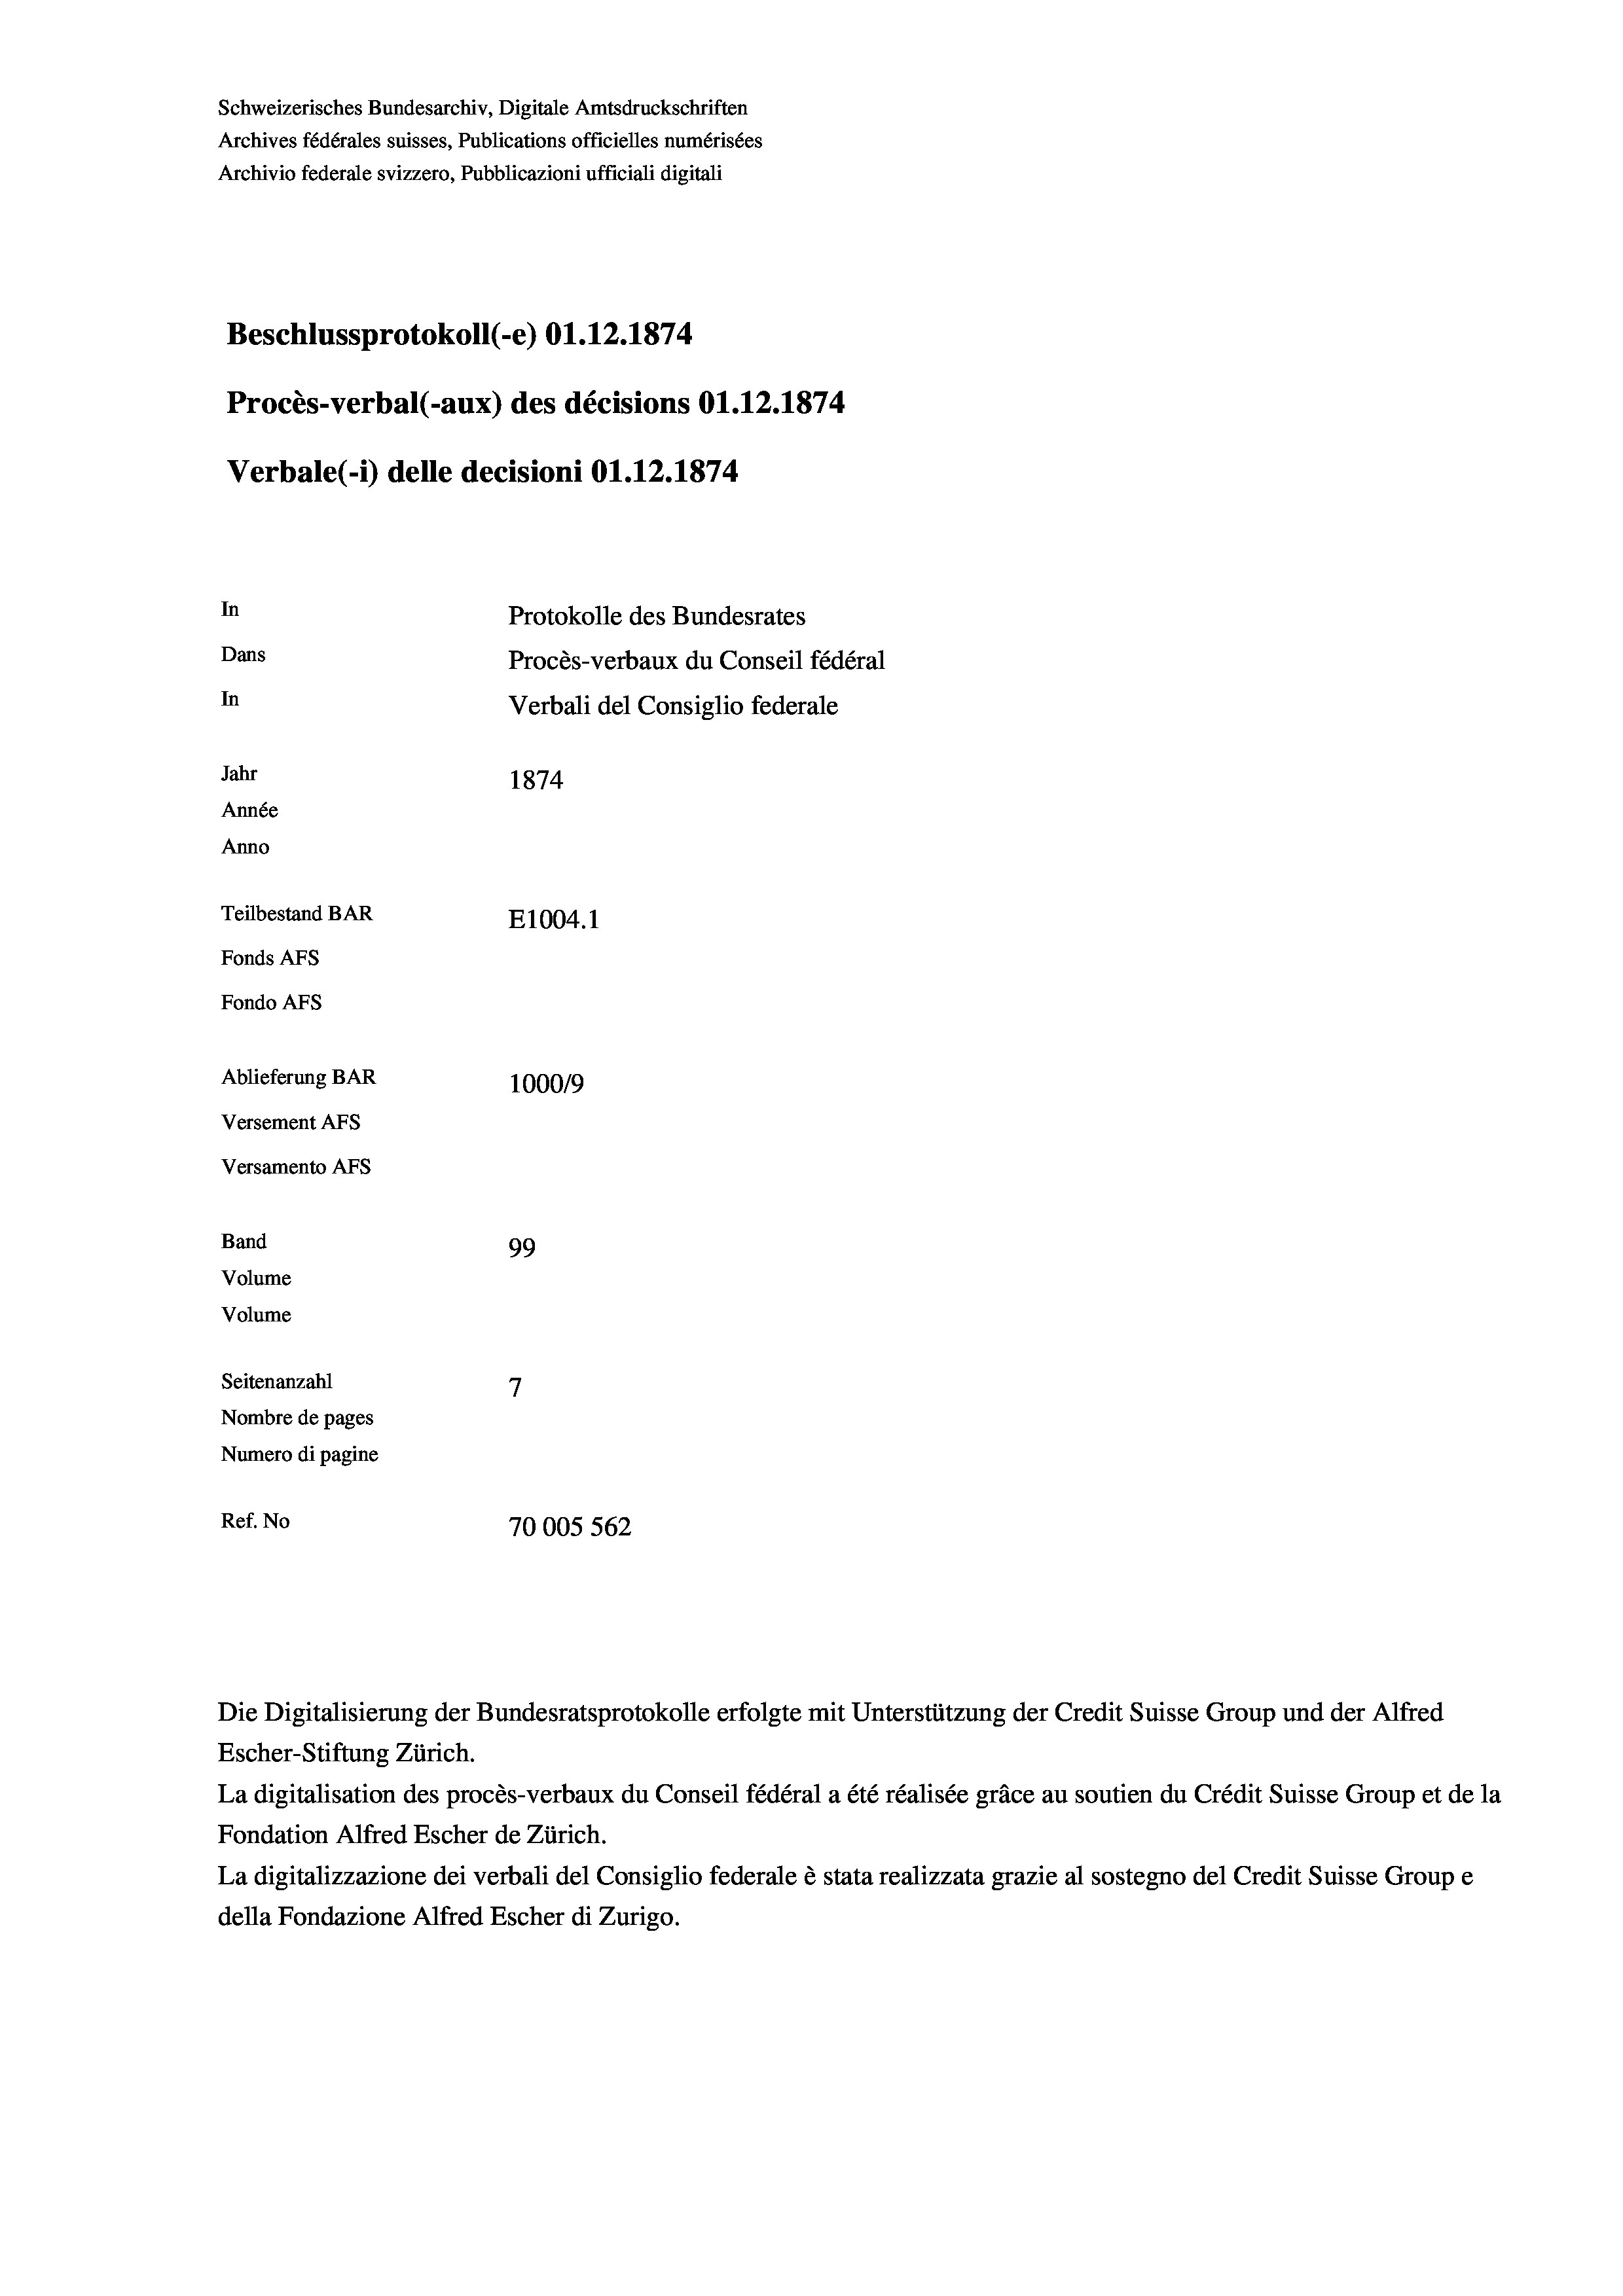
Schweizerisches Bundesarchiv, Digitale Amtsdruckschriften
Archives fédérales suisses, Publications officielles numérisées
Archivio federale svizzero, Pubblicazioni ufficiali digitali
Beschlussprotokoll (-e) O1.12.1874
Procès-verbal (-aux) des décisions O1.12.1874
Verbale (1) delle decisioni 01.12.1874
In
Protokolle des Bundesrates
Dans
In
Jahr
1874
Année
Anno
Teilbestand BAR
E1004.1
Fonds AFs
Fondo AFs
Ablieferung BAR
1000/9
Versement AFS
Versamento Afs
Band
99
Volume
Volume

7
Seitenanzahl
Nombre de pages
Numero di pagine
Ref. No
70005 562

Procès-verbaux du Conseil fédéral
Verbali del Consiglio federale

Die Digitalisierung der Bundesratsprotokolle erfolgte mit Unterstützung der Credit Suisse Group und der Alfred
Escher-Stiftung Zürich.
La digitalisation des procès-verbaux du Conseil fédéral a été réalisée gräce au soutien du Crédit Suisse Group et de la
Fondation Alfred Escher de Zürich.
La digitalizzazione dei verbali del Consiglio federale è stata realizzata grazie al sostegno del Credit Suisse Groupe
della Fondazione Alfred Escher di Zurigo.